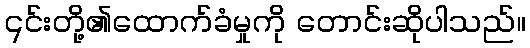
၎င်းတို့၏ထောက်ခံမှုကို တောင်းဆိုပါသည်။